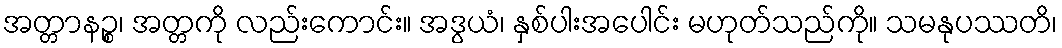
အတ္တာနဉ္စ၊ အတ္တကို လည်းကောင်း။ အဒွယံ၊ နှစ်ပါးအပေါင်း မဟုတ်သည်ကို။ သမနုပဿတိ၊